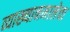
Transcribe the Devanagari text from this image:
व्याख्यानमालेचा